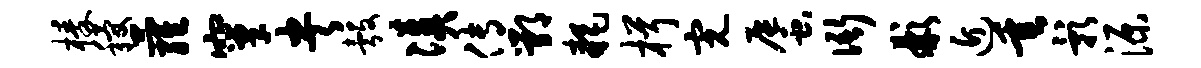
榛稷萝窠央彀凑传鄂耗楫完蜃衙彬近垂影源